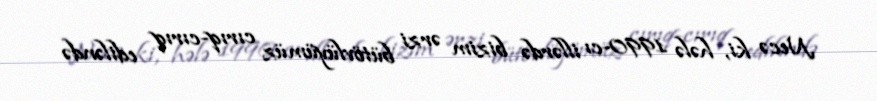
Necə ki, hələ 1990-cı illərdə bizim ərzi bütövlüyümüz cırıq-cırıq ediləndə